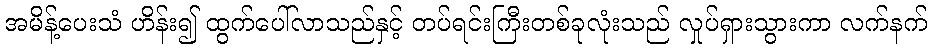
အမိန့်ပေးသံ ဟိန်း၍ ထွက်ပေါ်လာသည်နှင့် တပ်ရင်းကြီးတစ်ခုလုံးသည် လှုပ်ရှားသွားကာ လက်နက်